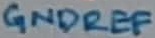
Text: GNDREF